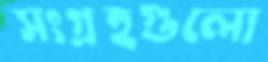
সংগ্রহগুলো